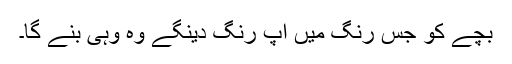
بچے کو جس رنگ میں اپ رنگ دینگے وہ وہی بنے گا۔